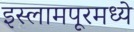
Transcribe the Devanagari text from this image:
इस्लामपूरमध्ये